Loodushoiu_ja_Turismi_Instituut, lk 188
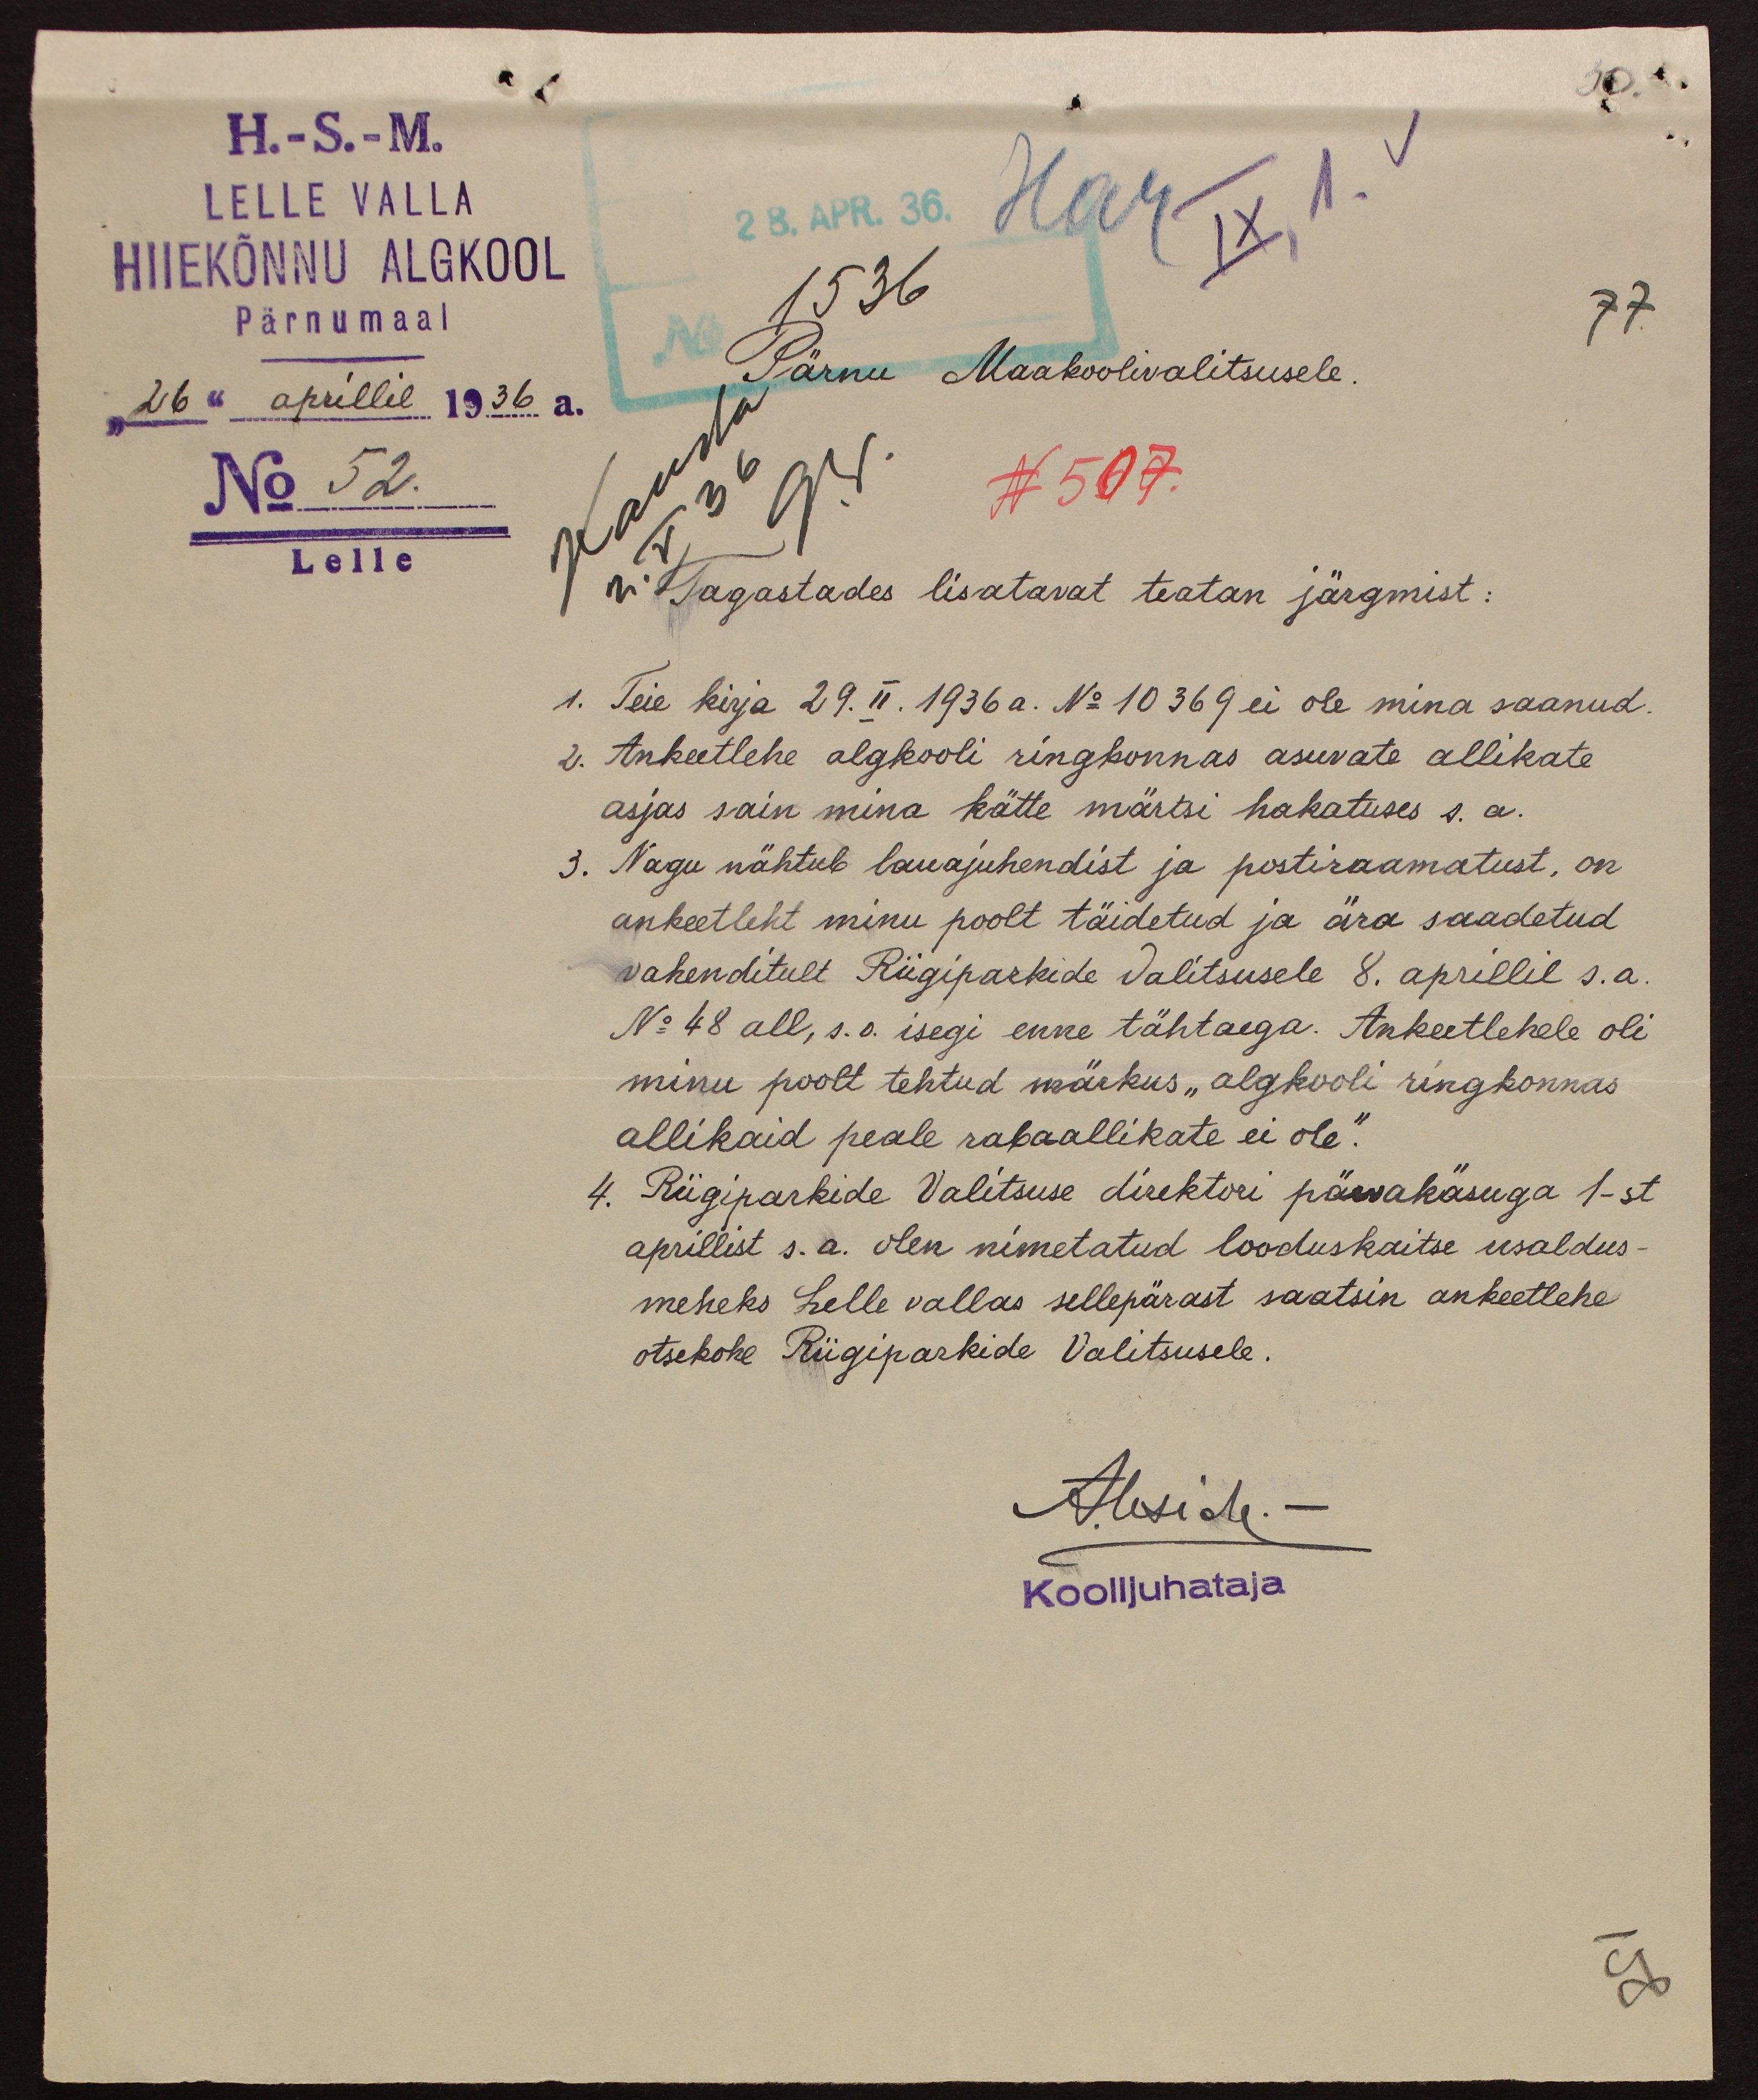
H.-S.-M.
LELLE VALLA
HIIEKÕNNU ALGKOOL
26. Apr. 36. Har IX,  1.
Pärnumaal
1536
Pärnu Maakoolivalitsusele.
77.
"26" aprillil 1936 a.
No 52.
N 507.
Lelle
Tagastades lisatavat teatan järgmist:
1. Teie kirja 29. II.1936 a. No 10369 ei ole mina saanud.
2. Ankeetlehe algkooli ringkonnas asuvate allikate
asjas sain mina kätte märtsi hakatuses s.a.
3. Nagu nähtub lauajuhendist ja postiraamatust, on
ankeetleht minu poolt täidetud ja ära saadetud
vahenditult Riigiparkide Valitsusele 8. aprillil s.a.
No 48 all, s.o. isegi enne tähtaega. Ankeetlehele oli
minu poolt tehtud märkus "algkooli ringkonnas"
allikaid peale rabaallikate ei ole.“
4. Riigiparkide Valitsuse direktori päevakäsuga 1-st
aprillist s.a. olen nimetatud looduskaitse usaldus-
meheks Lelle vallas sellepärast saatsin ankeetlehe
otsekohe Riigiparkide Valitsusele.
Aleside
Koolijuhataja